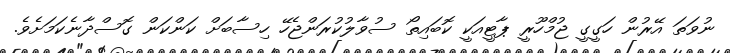
ނުވަތަ އޭރުން ހަގީގީ ޖުމްހޫރީ ޕާޓީއަކީ ކޮބައިތޯ ސުވާލުކުރަންޖެހޭ ހިސާބަށް ކަންކަން ގޮސްދާނެކަމަށެވެ.